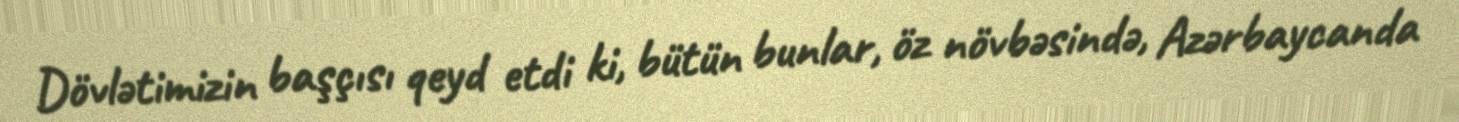
Dövlətimizin başçısı qeyd etdi ki, bütün bunlar, öz növbəsində, Azərbaycanda